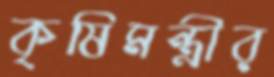
কৃষিমন্ত্রীর